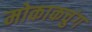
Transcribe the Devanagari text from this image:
मोकाकचुंग